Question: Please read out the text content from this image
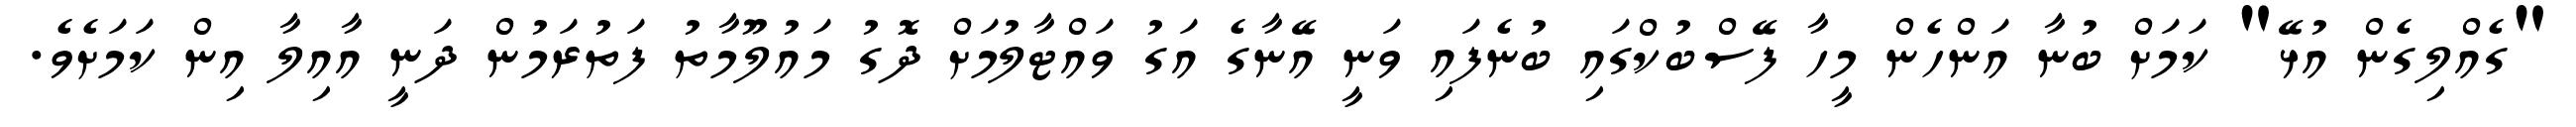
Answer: "ގެއްލިގެން އުޅޭ" ކަމަށް ބުނާ އަންހެން މީހާ ފޭސްބުކްގައި ބުނެފައި ވަނީ އޭނާގެ އަގު ވައްޓާލުމަށް ދޮގު މައުލޫމާތު ފަތުރަމުން ދަނީ އާއިލާ އިން ކަމަށެވެ.